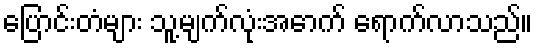
ပြောင်းတံများ သူ့မျက်လုံးအောက် ရောက်လာသည်။